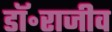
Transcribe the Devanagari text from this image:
डॉ॰राजीव